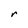
Character: r